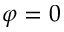
\varphi = 0